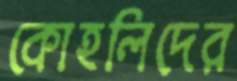
কোহলিদের